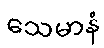
သေမာနံ